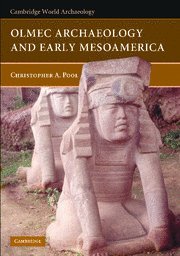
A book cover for Olmec Archaeology and Early Mesoamerica (Cambridge World Archaeology); Christopher Pool; History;